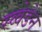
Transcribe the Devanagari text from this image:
स्व्वेडेन